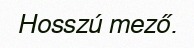
Hosszú mező.